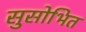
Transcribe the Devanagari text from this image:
सुसोभित